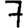
Digit: 7